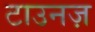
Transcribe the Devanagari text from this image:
टाउनज़